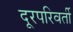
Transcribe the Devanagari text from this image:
दूरपरिवर्ती